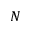
N